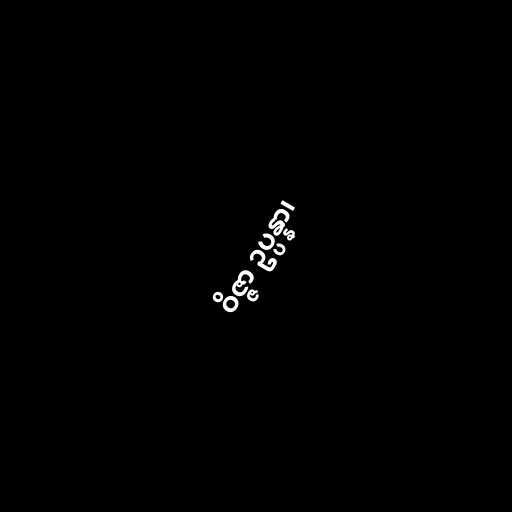
ဝိဇ္ဇာ ဥပ္ပန္နာ၊